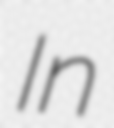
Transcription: In